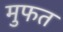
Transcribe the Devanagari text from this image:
मुफत